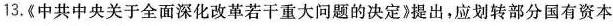
13.《中共中央关于全面深化改革若干重大问题的决定》提出，应划转部分国有资本